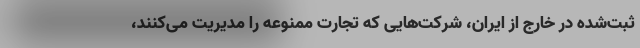
ثبت‌شده در خارج از ایران، شرکت‌هایی که تجارت ممنوعه را مدیریت می‌کنند،